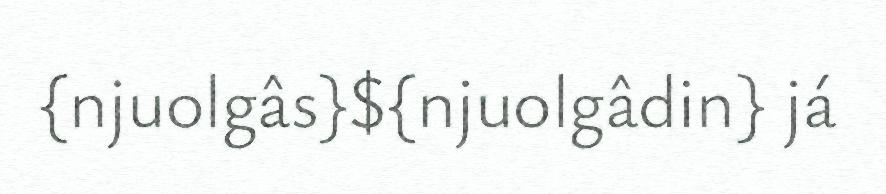
{njuolgâs}${njuolgâdin} já